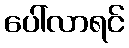
ပေါ်လာရင်